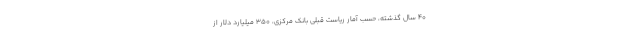
۴۰ سال گذشته، حسب آمار ریاست قبلی بانک مرکزی، ۳۵۰ میلیارد دلار از